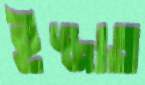
ইজ্জাত